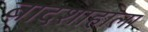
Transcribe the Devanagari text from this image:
बादशाहाला